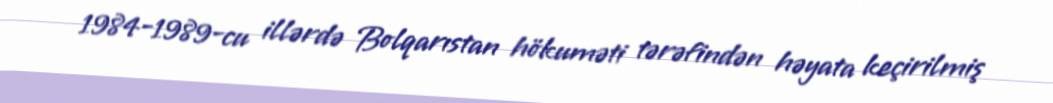
1984-1989-cu illərdə Bolqarıstan hökuməti tərəfindən həyata keçirilmiş